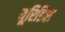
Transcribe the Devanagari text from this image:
यूरिडिस